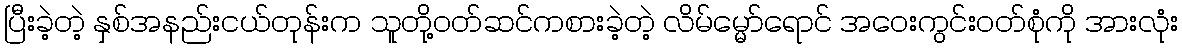
ပြီးခဲ့တဲ့ နှစ်အနည်းငယ်တုန်းက သူတို့ဝတ်ဆင်ကစားခဲ့တဲ့ လိမ်မ္မော်ရောင် အဝေးကွင်းဝတ်စုံကို အားလုံး